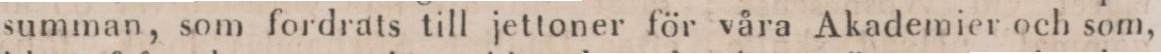
summan, som fordrats till jettoner för våra Akademier och som,